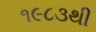
૧૯૮૩થી